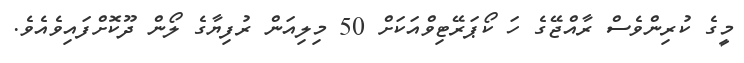
މީގެ ކުރިންވެސް ރާއްޖޭގެ ހަ ކޯޕަރޭޓިވްއަކަށް 50 މިލިއަން ރުފިޔާގެ ލޯން ދޫކޮށްފައިވެއެވެ.